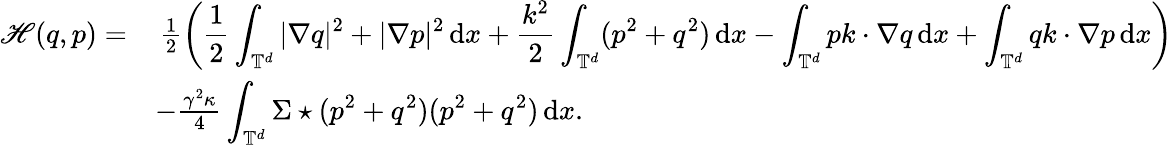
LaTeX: \begin{array}{rl}{\mathscr H(q,p)=}&{\, \frac 12\left(\displaystyle\frac 12\displaystyle\int_{\mathbb T^{d}}|\nabla q|^{2}+|\nabla p|^{2}\, {\mathrm{d}}x+\frac{k^{2}}{2}\int_{\mathbb T^{d}}(p^{2}+q^{2})\, {\mathrm{d}}x-\int_{\mathbb{T}^{d}}pk\cdot\nabla q\, {\mathrm{d}}x+\int_{\mathbb{T}^{d}}qk\cdot\nabla p\, {\mathrm{d}}x\right)}\\ &{-\frac{\gamma^{2}\kappa}{4}\displaystyle\int_{\mathbb T^{d}}\Sigma\star(p^{2}+q^{2})(p^{2}+q^{2})\, {\mathrm{d}}x.}\end{array}